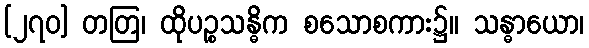
[၂၇၀] တတြ၊ ထိုပဉ္စသန္ဓိက စသောစကား၌။ သန္ဓာယော၊